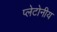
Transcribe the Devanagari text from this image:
प्लेटोनीय